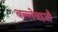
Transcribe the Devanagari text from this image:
बल्लेबाज़ौं